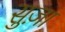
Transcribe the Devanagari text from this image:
सुज़ा